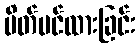
ပိတ်ပင်ထားခြင်း